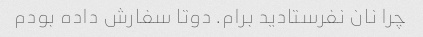
چرا نان نفرستادید برام. دوتا سفارش داده بودم